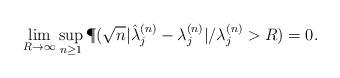
LaTeX: \begin{align*}\lim_{R\rightarrow\infty}\sup_{n\geq 1}\P(\sqrt{n}|\hat\lambda_j^{(n)}-\lambda_j^{(n)}|/\lambda_j^{(n)}>R)=0.\end{align*}